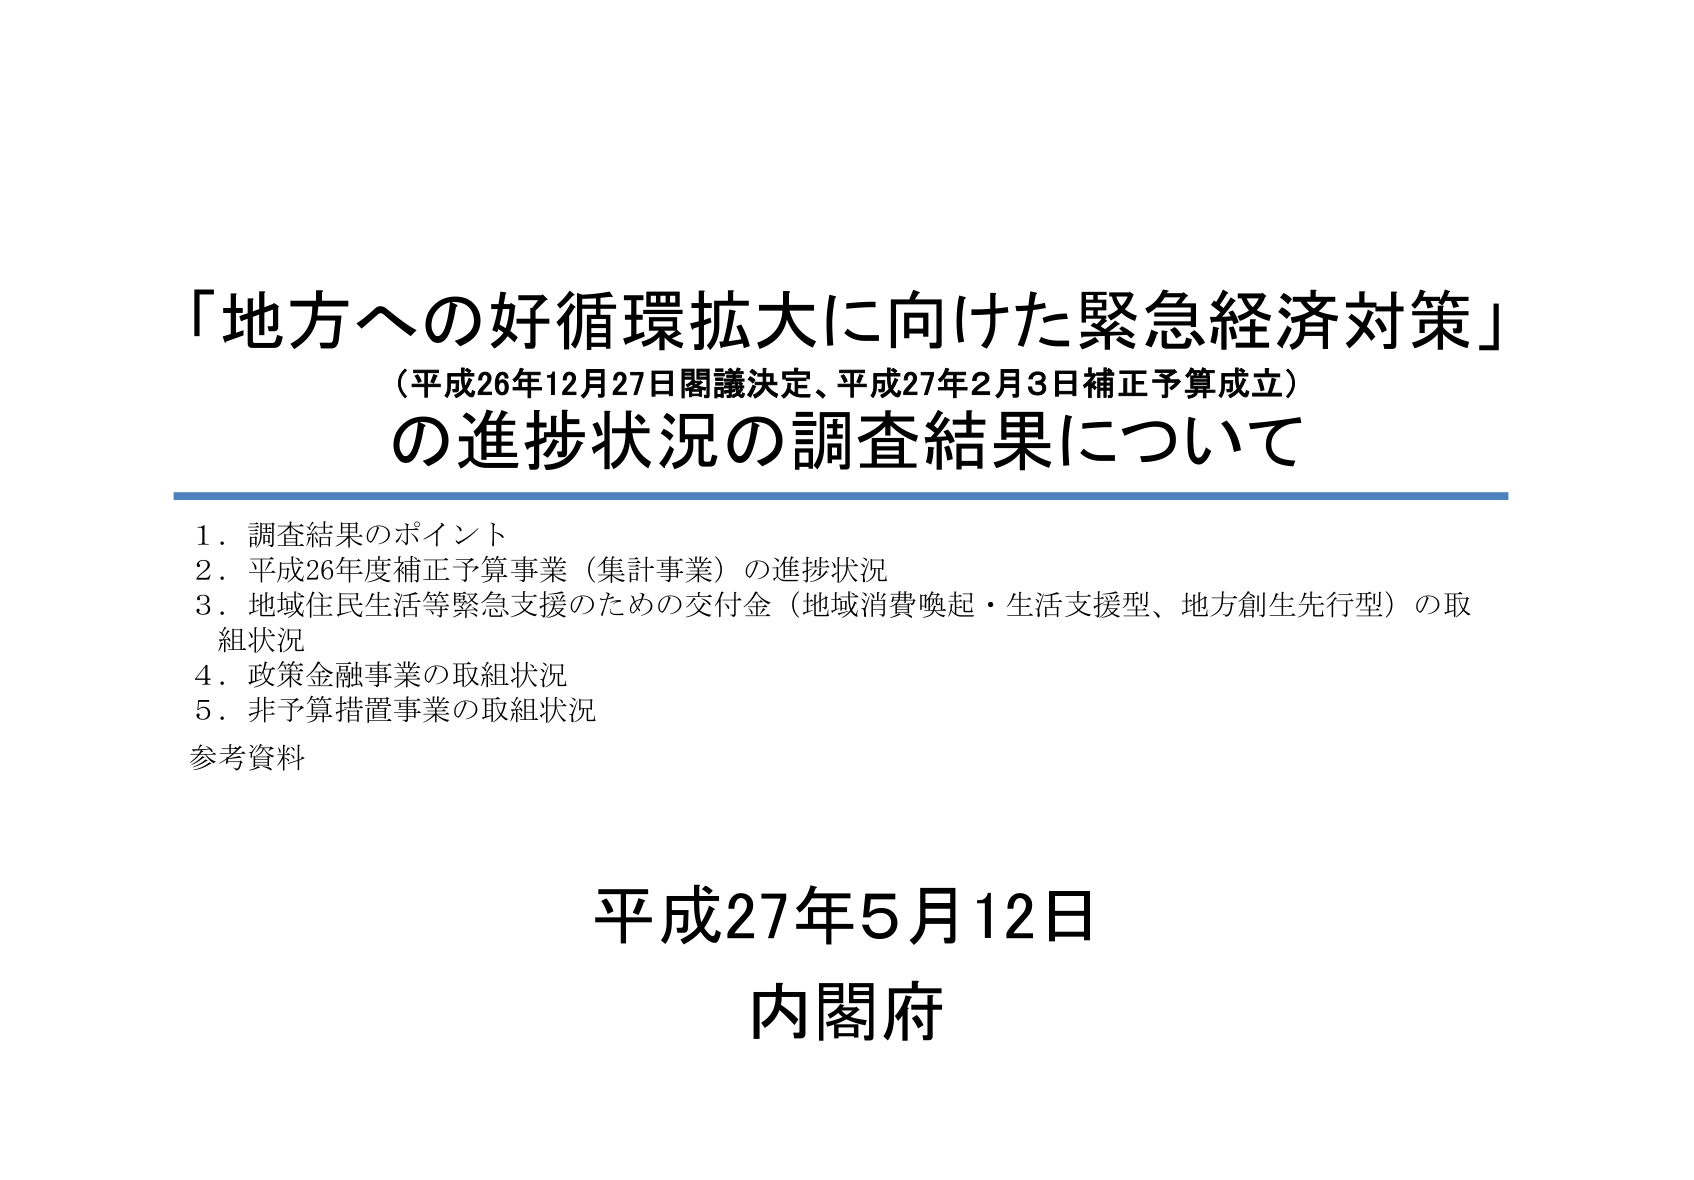
「地方への好循環拡大に向けた緊急経済対策」
（平成26年12月27日閣議決定、平成27年2月3日補正予算成立）
の進捗状況の調査結果について

1．調査結果のポイント
2．平成26年度補正予算事業（集計事業）の進捗状況
3．地域住民生活等緊急支援のための交付金（地域消費喚起・生活支援型、地方創生先行型）の取組状況
4．政策金融事業の取組状況
5．非予算措置事業の取組状況
参考資料

平成27年5月12日
内閣府